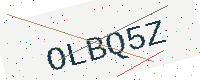
Text: OLBQ5Z